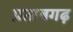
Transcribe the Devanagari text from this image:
प्रताबगढ़